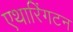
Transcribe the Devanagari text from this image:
एथारिंगटन